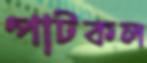
পাটকল